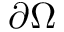
\partial \Omega